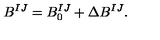
B ^ { I J } = B _ { 0 } ^ { I J } + \Delta B ^ { I J } .